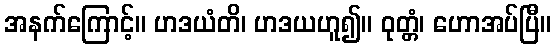
အနက်ကြောင့်။ ဟဒယံတိ၊ ဟဒယဟူ၍။ ဝုတ္တံ၊ ဟောအပ်ပြီ။